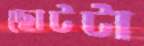
ছোটটা